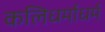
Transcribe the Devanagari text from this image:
कलिधर्माधर्म